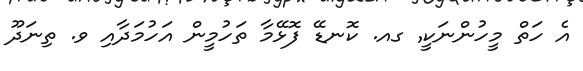
އެ ހަތް މީހުންނަކީ